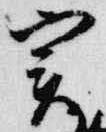
実